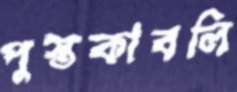
পুস্তকাবলি